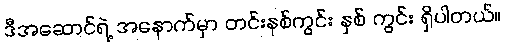
ဒီအဆောင်ရဲ့ အနောက်မှာ တင်းနစ်ကွင်း နှစ် ကွင်း ရှိပါတယ်။